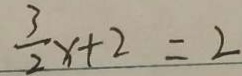
\frac { 3 } { 2 } x + 2 = 2